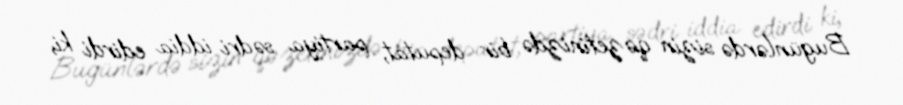
Bugünlərdə sizin qəzetinizdə bir deputat, partiya sədri iddia edirdi ki,